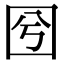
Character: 𡆽